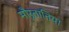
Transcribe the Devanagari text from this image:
मौरूतानिया